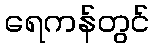
ရေကန်တွင်